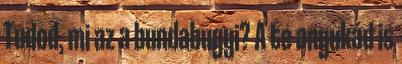
Tudod, mi az a bundabugyi? A te anyukád is